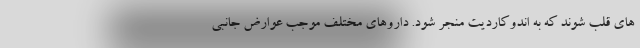
های قلب شوند که به اندوکاردیت منجر شود. داروهای مختلف موجب عوارض جانبی